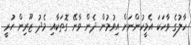
ހާލުގެ ވާހަކަ އެމީހުންނަށް އިވުމުން ދެން ވާނޭ ގޮތަކާއި މެދު ޒޫރިން ހުރީ